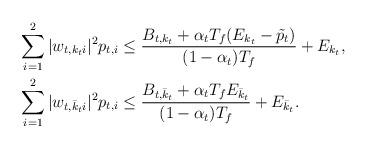
LaTeX: \begin{align*}& \sum_{i=1}^2 |w_{t,k_ti}|^2 p_{t,i} \le \frac{B_{t,k_t}+\alpha_t T_f(E_{k_t} -\tilde{p}_{t})} {(1-\alpha_t)T_f} + E_{k_t}, \\& \sum_{i=1}^2 |w_{t,\bar{k}_ti}|^2 p_{t,i} \le \frac{B_{t,\bar{k}_t}+\alpha_t T_fE_{\bar{k}_t}}{(1-\alpha_t)T_f} + E_{\bar{k}_t}. \end{align*}